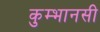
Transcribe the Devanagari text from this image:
कुम्भानसी